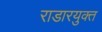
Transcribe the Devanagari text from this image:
राडारयुक्त